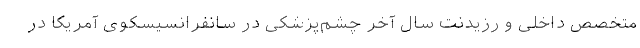
متخصص داخلی و رزیدنت سال آخر چشم‌پزشکی در سانفرانسیسکوی آمریکا در